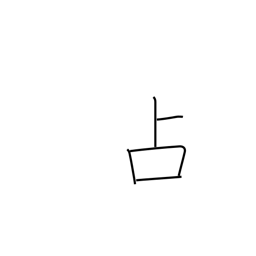
Meaning: fortune-telling